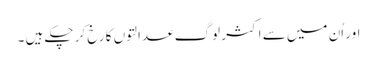
اور اُن میں سے اکثر لوگ عدالتوں کا رخ کر چکے ہیں ۔